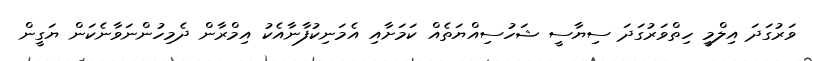
ވަރުގަދަ އިލްމީ ހިތްވަރުގަދަ ސިޔާސީ ޝަހުސިއްޔަތެއް ކަމަށާއި އެމަނިކުފާނާއެކު އިމްރާން ދެމިހުންނަވާނެކަން ޔަގީން